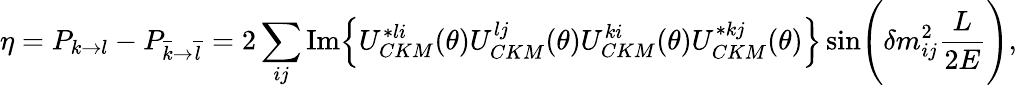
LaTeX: {\eta}=P_{{k}{\rightarrow}{l}}-P_{\overline{{{k}}}{\rightarrow}\overline{{{l}}}}=2\sum_{ij}\mathrm{Im}\Bigl\{ U_{CKM}^{*li}({\theta})U_{CKM}^{lj}({\theta})U_{CKM}^{ki}({\theta})U_{CKM}^{*kj}({\theta})\Bigr\} \sin\Biggl({\delta}m_{ij}^{2}\frac{L}{2E}\Biggr),